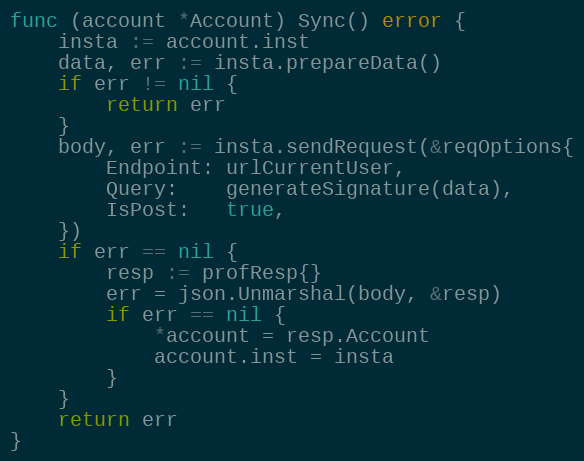
Language: Go
func (account *Account) Sync() error {
	insta := account.inst
	data, err := insta.prepareData()
	if err != nil {
		return err
	}
	body, err := insta.sendRequest(&reqOptions{
		Endpoint: urlCurrentUser,
		Query:    generateSignature(data),
		IsPost:   true,
	})
	if err == nil {
		resp := profResp{}
		err = json.Unmarshal(body, &resp)
		if err == nil {
			*account = resp.Account
			account.inst = insta
		}
	}
	return err
}